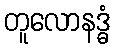
တူလောနဒ္ဓံ